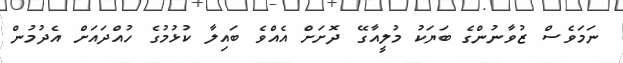
ނަމަވެސް ޒުވާނުންގެ ބަޔަކު މުލީއާގޭ ދޮށަށް އެއްވެ ބައިލާ ކުޅުމުގެ ހުއްދައަށް އެދުމުން